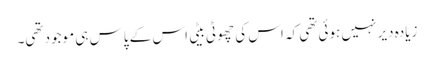
زیادہ دیر نہیں ہوئی تھی کہ اس کی چھوٹی بیٹی اس کے پاس ہی موجود تھی۔